Indian Civil Veterinary Department memoirs
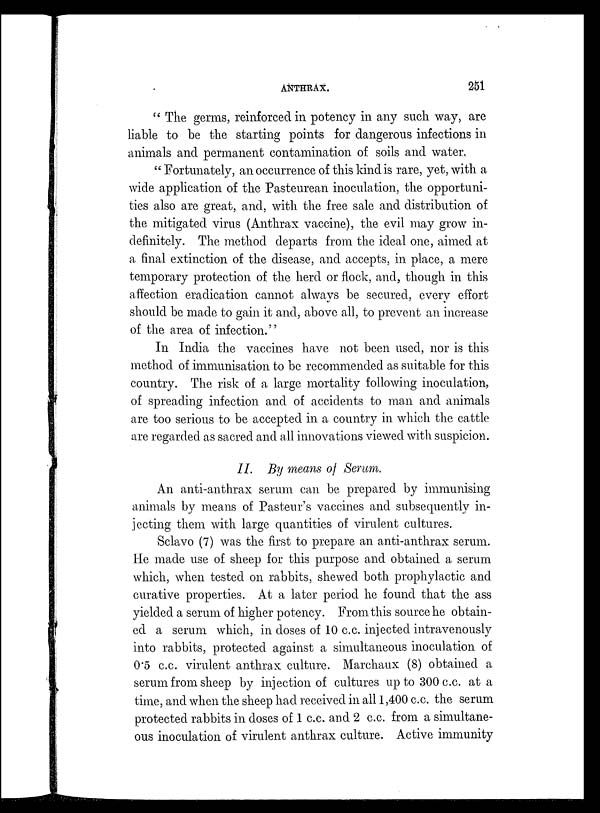
ANTHRAX.
251
" The germs, reinforced in potency in any such way, are
liable to be the starting points for dangerous infections in
animals and permanent contamination of soils and water.
" Fortunately, an occurrence of this kind is rare, yet, with a
wide application of the Pasteurean inoculation, the opportuni-
ties also are great, and, with the free sale and distribution of
the mitigated virus (Anthrax vaccine), the evil may grow in-
definitely. The method departs from the ideal one, aimed at
a final extinction of the disease, and accepts, in place, a mere
temporary protection of the herd or flock, and, though in this
affection eradication cannot always be secured, every effort
should be made to gain it and, above all, to prevent an increase
of the area of infection."
In India the vaccines have not been used, nor is this
method of immunisation to be recommended as suitable for this
country. The risk of a large mortality following inoculation,
of spreading infection and of accidents to man and animals
are too serious to be accepted in a country in which the cattle
are regarded as sacred and all innovations viewed with suspicion.
II. By means of Serum.
An anti-anthrax serum can be prepared by immunising
animals by means of Pasteur's vaccines and subsequently in-
jecting them with large quantities of virulent cultures.
Sclavo (7) was the first to prepare an anti-anthrax serum.
He made use of sheep for this purpose and obtained a serum
which, when tested on rabbits, shewed both prophylactic and
curative properties. At a later period he found that the ass
yielded a serum of higher potency. From this source he obtain-
ed a serum which, in doses of 10 c.c. injected intravenously
into rabbits, protected against a simultaneous inoculation of
0.5 c.c. virulent anthrax culture. Marchaux (8) obtained a
serum from sheep by injection of cultures up to 300 c.c. at a
time, and when the sheep had received in all 1,400 c.c. the serum
protected rabbits in doses of 1 c.c. and 2 c.c. from a simultane-
ous inoculation of virulent anthrax culture. Active immunity